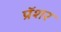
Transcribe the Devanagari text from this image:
प्रॅशर